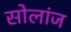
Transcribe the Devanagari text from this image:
सोलांज